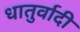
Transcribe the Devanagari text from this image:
धातुर्वादी